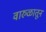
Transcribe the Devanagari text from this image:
वारुळातून